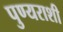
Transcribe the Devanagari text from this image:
पुण्यराशी